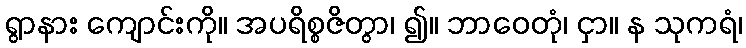
ရွာနား ကျောင်းကို။ အပရိစ္စဇိတွာ၊ ၍။ ဘာဝေတုံ၊ ငှာ။ န သုကရံ၊